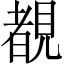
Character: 覩